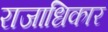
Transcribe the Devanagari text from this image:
राजाधिकार